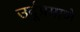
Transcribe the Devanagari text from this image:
उर्दूप्रमाणे